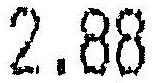
2.88